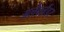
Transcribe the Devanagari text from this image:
अलैक्‍ज़ैंडर